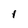
Character: 1